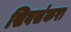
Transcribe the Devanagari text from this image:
सिवसंकरा